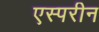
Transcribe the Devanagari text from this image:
एस्परीन